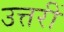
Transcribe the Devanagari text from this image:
उत्तरीं